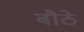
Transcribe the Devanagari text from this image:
बौठे